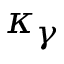
\kappa _ { \gamma }